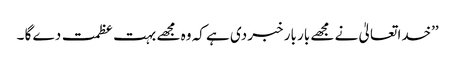
’’خدا تعالیٰ نے مجھے بار بار خبر دی ہے کہ وہ مجھے بہت عظمت دے گا ۔